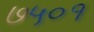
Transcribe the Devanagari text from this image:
७५०१